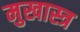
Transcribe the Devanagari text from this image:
मुखास्त्र